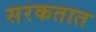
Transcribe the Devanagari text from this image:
सरकतात